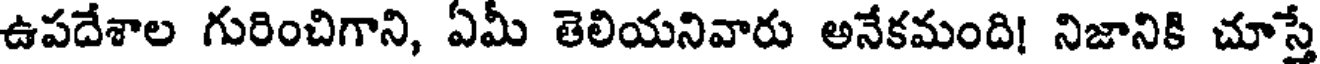
ఉపదేశాల గురించిగాని, ఏమీ తెలియనివారు అనేకమంది! నిజానికి చూస్తే